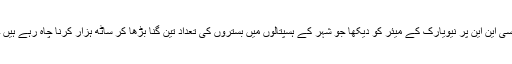
سی این این پر نیویارک کے میئر کو دیکھا جو شہر کے ہسپتالوں میں بستروں کی تعداد تین گنا بڑھا کر ساٹھ ہزار کرنا چاہ رہے ہیں ۔